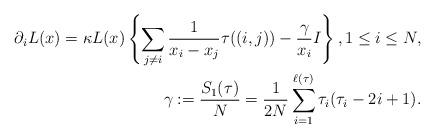
LaTeX: \begin{align*}\partial_{i}L(x) =\kappa L(x) \left\{\sum_{j\neq i}\frac{1}{x_{i}-x_{j}}\tau((i,j))-\frac{\gamma}{x_{i}}I\right\} ,1\leq i\leq N,\\\gamma :=\frac{S_{1}(\tau) }{N}=\frac{1}{2N}\sum_{i=1}^{\ell(\tau) }\tau_{i}(\tau_{i}-2i+1) .\end{align*}